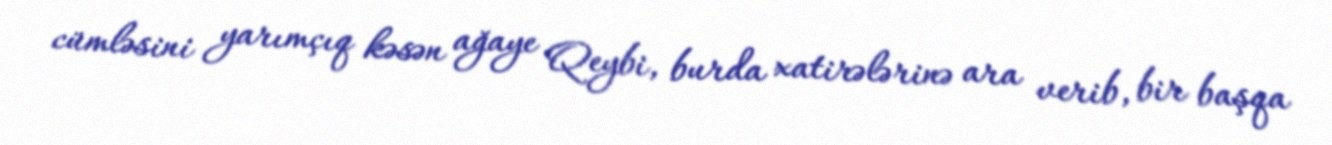
cümləsini yarımçıq kəsən ağaye Qeybi, burda xatirələrinə ara verib, bir başqa